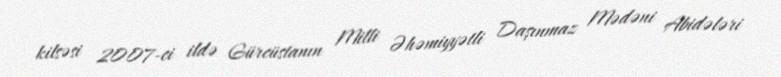
kilsəsi 2007-ci ildə Gürcüstanın Milli Əhəmiyyətli Daşınmaz Mədəni Abidələri